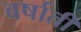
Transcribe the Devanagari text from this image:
वर्षाती